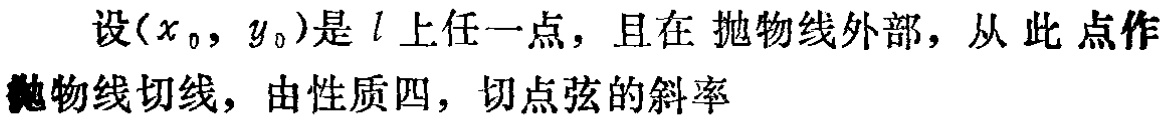
设\((x_{0},y_{0})\)是\(l\)上任一点，且在抛物线外部，从此点作抛物线切线，由性质四，切点弦的斜率